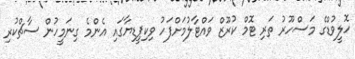
ހޮލީވުޑްގެ މަސްހޫރު ތަރި ޓޮމް ކުރޫޒް ވައްޓާލުމަށްފަހު ވިކިޕީޑިޔާގައި އެންމެ ގިނަމީހުން ސާޗްކުރި